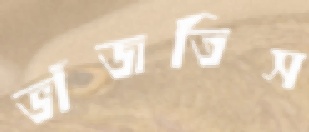
ভাঁজতিস